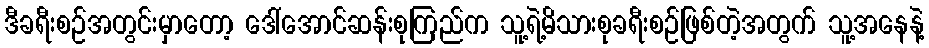
ဒီခရီးစဉ်အတွင်းမှာတော့ ဒေါ်အောင်ဆန်းစုကြည်က သူ့ရဲ့မိသားစုခရီးစဉ်ဖြစ်တဲ့အတွက် သူ့အနေနဲ့